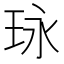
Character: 𤤯